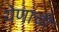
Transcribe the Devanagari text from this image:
येणाची